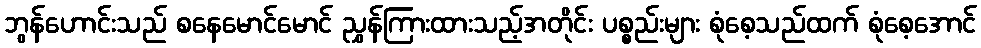
ဘွန်ဟောင်းသည် စနေမောင်မောင် ညွှန်ကြားထားသည့်အတိုင်း ပစ္စည်းများ စုံစေ့သည်ထက် စုံစေ့အောင်